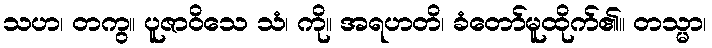
သဟ၊ တကွ။ ပူဇာဝိသေ သံ၊ ကို။ အရဟတိ၊ ခံတော်မူထိုက်၏။ တသ္မာ၊